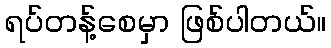
ရပ်တန့်စေမှာ ဖြစ်ပါတယ်။